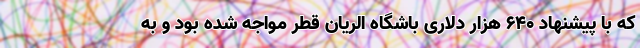
که با پیشنهاد ۶۴۰ هزار دلاری باشگاه الریان قطر مواجه شده بود و به